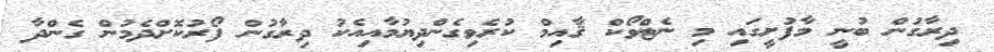
ދިރާގުން ބުނީ މާފުށީގައި މި ނެޓްވޯކް ޤާއިމް ކުރެވިގެންދިޔުމާއިއެކު ދިރާގުން ފޯރުކޮށްދެމުން ގެންދާ